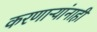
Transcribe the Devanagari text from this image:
करणाऱ्यांनाही